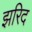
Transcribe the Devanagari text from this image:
झरिद